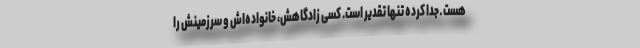
هست ـ جدا کرده تنها تقدیر است. کسی زادگاهش، خانواده‌اش و سرزمینش را